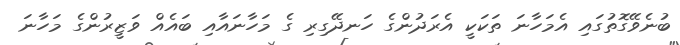
ބުނެވޭގޮތުގައި އެމަހާނަ ތަކަކީ އެރަދުންގެ ހަނދޭގިރި ގެ މަހާނައާއި ބައެއް ވަޒީރުންގެ މަހާނަ